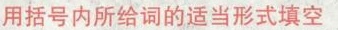
用括号内所给词的适当形式填空